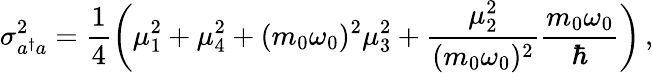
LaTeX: \sigma_{a^{\dagger}a}^{2}={\frac{1}{4}}\biggl(\mu_{1}^{2}+\mu_{4}^{2}+(m_{0}\omega_{0})^{2}\mu_{3}^{2}+{\frac{\mu_{2}^{2}}{(m_{0}\omega_{0})^{2}}}{\frac{m_{0}\omega_{0}}{\hbar}}\biggr)\, ,